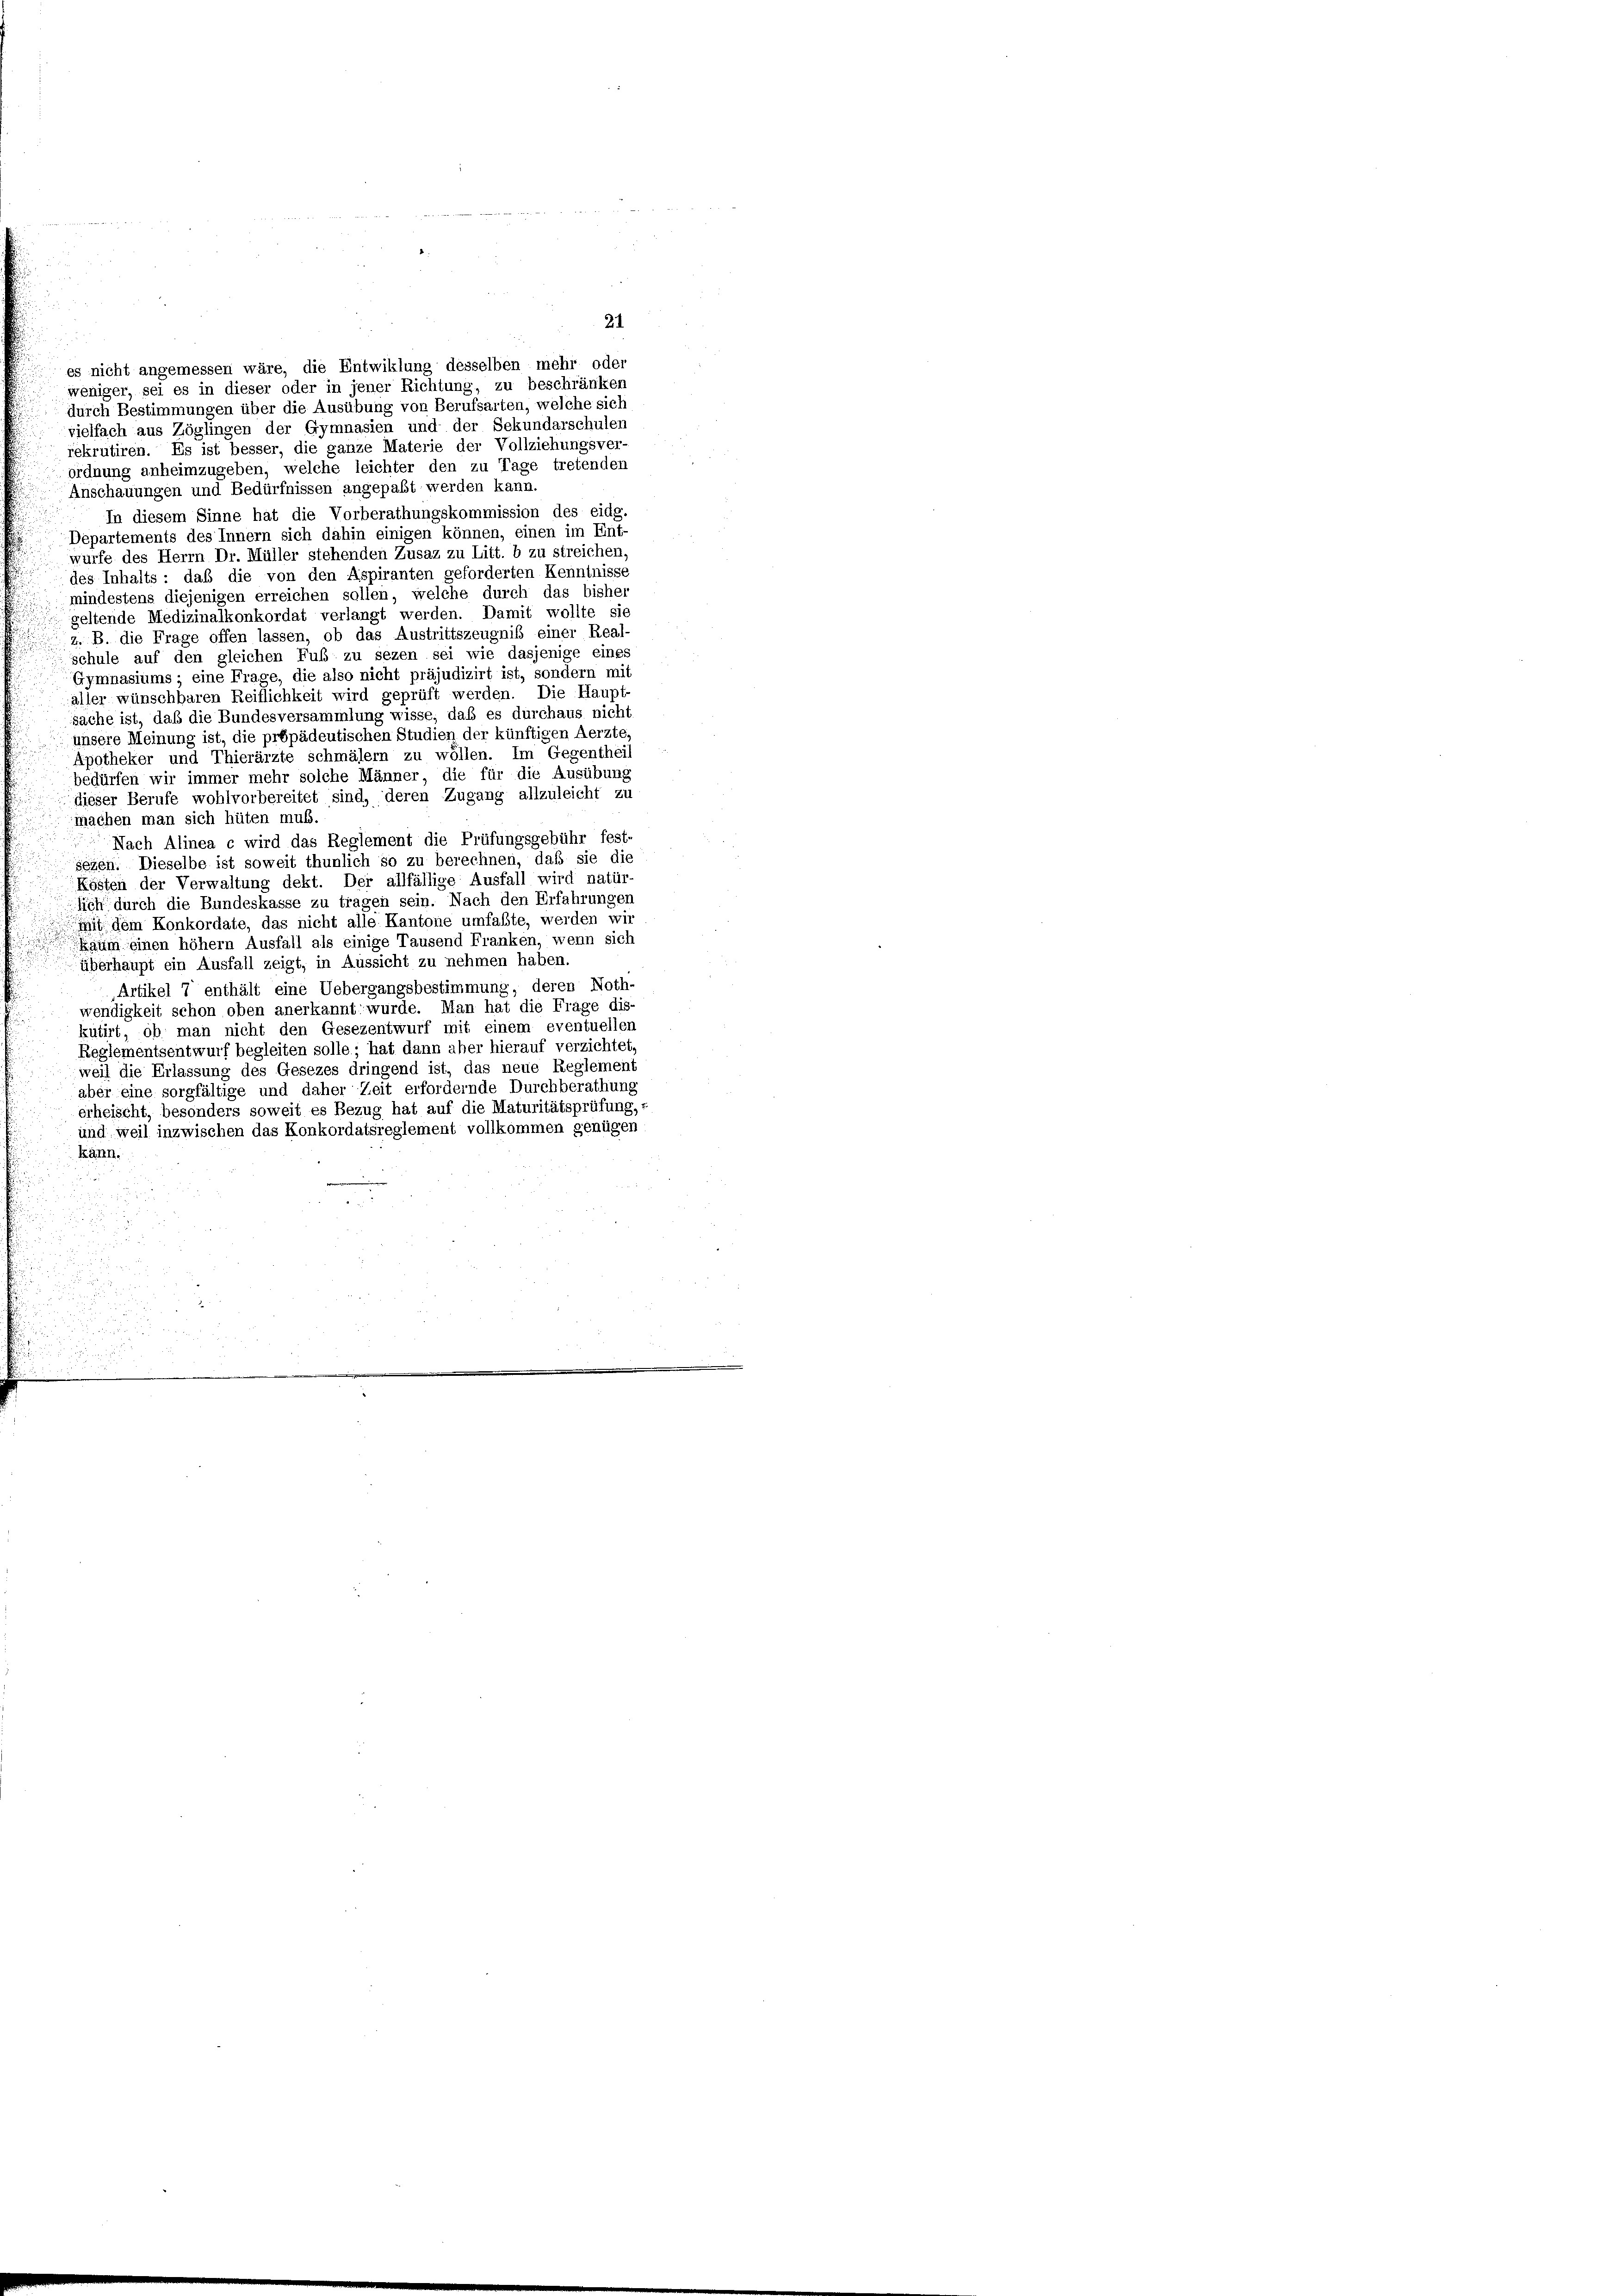
durch Bestimmungen über die Ausübung von Berufsarten, welche sich
vielfach aus Zöglingen der Gymnasien und der Sekundarschulen
rekrutiren. Es ist besser, die ganze Materie der Vollziehungsver-
ordnung anheimzugeben, welche leichter den zu Tage tretenden
Anschauungen und Bedürfnissen angepaßt werden kann.
In diesem Sinne hat die Vorberathungskommission des eidg.
Departements des Innern sich dahin einigen können, einen im Ent-
würfe des Herrn Dr. Müller stehenden Zusaz zu Litt. b zu streichen,
des Inhalts: daß die von den Aspiranten geforderten Kenntnisse
mindestens diejenigen erreichen sollen, welche durch das bisher
geltende Medizinalkonkordat verlangt werden. Damit wollte sie
z. B. die Frage offen lassen, ob das Austrittszeugnis einer Real
schule auf den gleichen Fuß zu sezen sei wie dasjenige eines
Gymnasiums ; eine Frage, die also nicht präjudizirt ist, sondern mit
aller wünschbaren Reiflichkeit wird geprüft werden. Die Haupt-
sache ist, daß die Bundesversammlung wisse, daß es durchaus nicht
unsere Meinung ist, die prépädeutischen Studien der künftigen Aerzte
Apotheker und Thierärzte schmälern zu wollen. Im Gegentheil
bedürfen wir immer mehr solche Männer, die für die Ausübung
dieser Berufe wohlvorbereitet sind, deren Zugang allzuleicht zu
machen man sich hüten muß.
Nach Alinea c wird das Reglement die Prüfungsgebühr fest-
gegen. Dieselbe ist soweit thunlich so zu berechnen, daß sie die
Kösten der Verwaltung dekt. Der allfällige Ausfall wird natür-
lich durch die Bundeskasse zu tragen sein. Nach den Erfahrungen
iit dem Konkordate, das nicht alle Kantone umfaßte, werden wir
kaum einen höhem Ausfall als einige Tausend Franken, wenn sich
n
überhaupt ein Ausfall zeigt, in Aussicht zu nehmen haben.
Artikel 7 enthält eine Uebergangsbestimmung, deren Noth-
wendigkeit schon oben anerkannt wurde. Man hat die Frage dis-
kutirt, ob man nicht den Gesezentwurf mit einem eventuellen
Reglementsentwurf begleiten solle; hat dann aber hierauf verzichtet,
weil die Erlassung des Gesezes dringend ist, das neue Reglement
aber eine sorgfältige und daher Zeit erfordernde Durchberathung
erheischt, besonders soweit es Bezug hat auf die Maturitätsprüfung,
und weil inzwischen das Konkordatsreglement vollkommen genügen
kann.

es nicht angemessen wäre, die Entwiklung desselben mehr oder
weniger, sei es in dieser oder in jener Richtung, zu beschränken

21